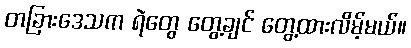
တခြားဒေသက ရဲတွေ တွေ့ချင် တွေ့ထားလိမ့်မယ်။